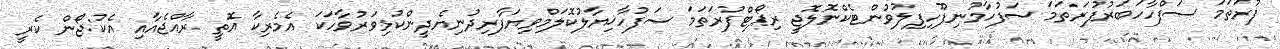
ފުރަތަމަ ސަފްހާހަބަރުފުރަތަމަ ސަފުހާމުނިފޫހިފިލުވުންޓެކްނޮލޮޖީ ރިޕޯޓްފުރަތަމަ ސަފުހާޚިޔާލުކޮލަމްވިޔަފާރިދުނިޔެދީންކުޅިވަރުވާހަކަ އެމެރިކާ އޮތީ ރާއްޖެއާއި އެކު:ޖޯން ކެރީ